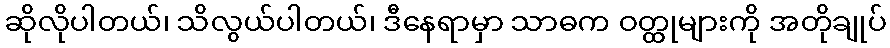
ဆိုလိုပါတယ်၊ သိလွယ်ပါတယ်၊ ဒီနေရာမှာ သာဓက ဝတ္ထုများကို အတိုချုပ်